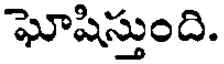
ఘోషిస్తుంది.